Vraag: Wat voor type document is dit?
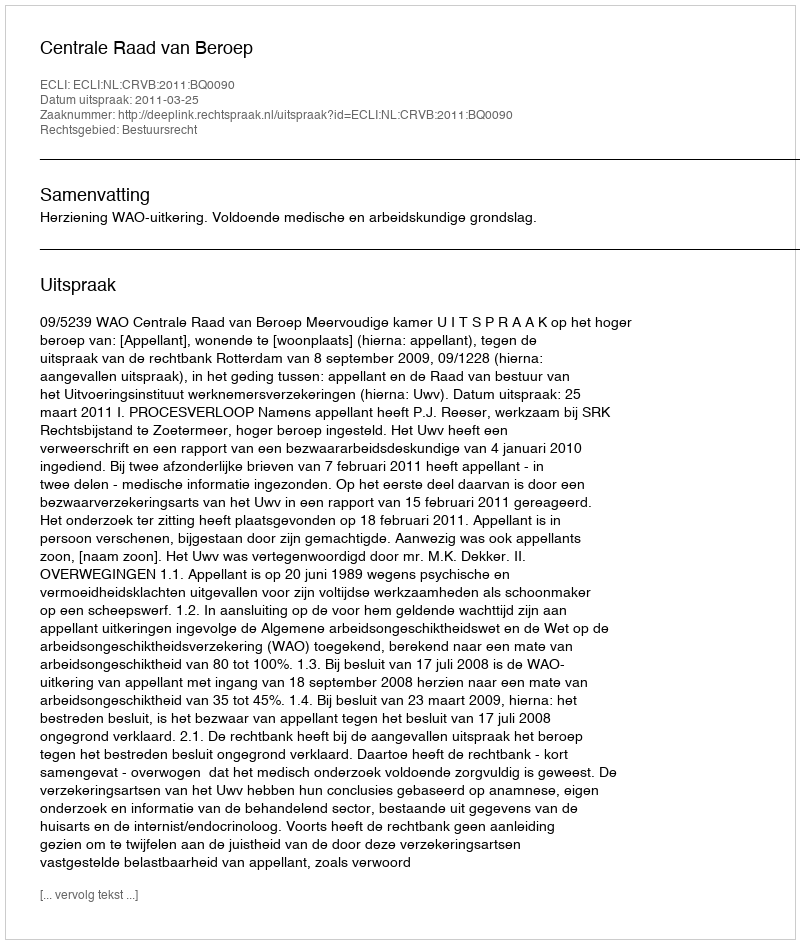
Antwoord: Uitspraak